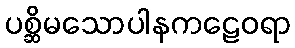
ပစ္ဆိမသောပါနကဠေဝရာ